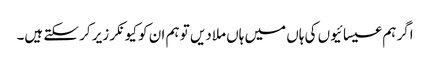
اگر ہم عیسائیوں کی ہاں میں ہاں ملادیں تو ہم ان کو کیونکر زیر کر سکتے ہیں۔